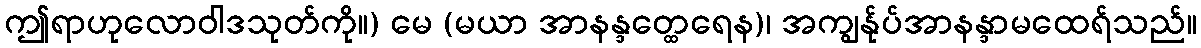
ဤရာဟုလောဝါဒသုတ်ကို။) မေ (မယာ အာနန္ဒတ္ထေရေန)၊ အကျွန်ုပ်အာနန္ဒာမထေရ်သည်။